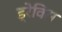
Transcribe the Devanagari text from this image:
ड्रेविस